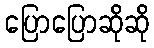
ပြောပြောဆိုဆို